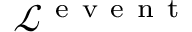
\mathcal { L } ^ { \mathrm { ~ e ~ v ~ e ~ n ~ t ~ } }